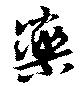
藥